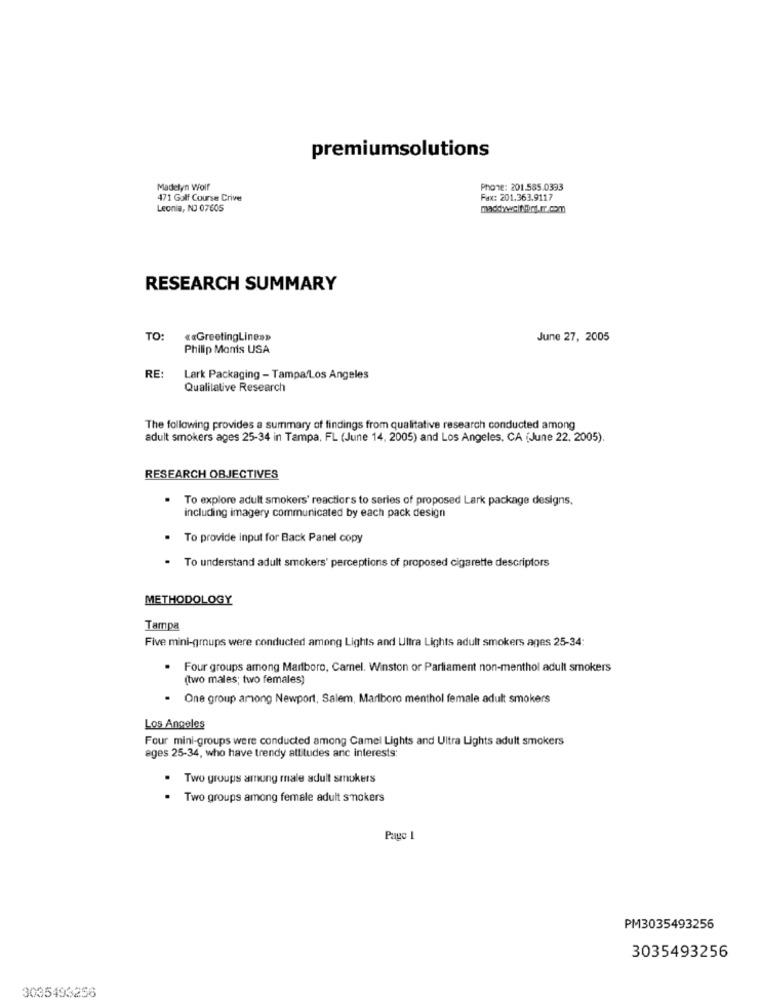
premiumsolutions
Madelyn Wolf
Phone: 201.585.0333
471 Golf Course Crive
Fax: 201.363.9117
Leonia, NO 07605
maddyweithinf.er.com
RESEARCH SUMMARY
TO:
« «GreetingLine>>
June 27, 2005
Philip Monis USA
RE:
Lark Packaging - Tampa Los Angeles
Qualitative Research
The following provides a summary of findings from qualitative research conducted among
adult smokers ages 25-34 in Tampa, FL (June 14, 2005) and Los Angeles, CA (June 22. 2005).
RESEARCH OBJECTIVES
To explore adult smokers' reactlors to series of proposed Lark package designs,
including imagery communicated by each pack design
. To provide input for Back Panel copy
.
To understand adult smokers' perceptions of proposed cigarette descriptors
METHODOLOGY
Tampa
Five mini-groups were conducted among Lights and Ultra Lights adult smokers ages 25-34:
Four groups among Marlboro, Camel. Winston or Parliament non-menthol adult smokers
(two males; two females)
One group among Newport, Salem, Marlboro menthol female adult smokers
Los Angeles
Four mini-groups were conducted among Camel Lights and Ultra Lights adult smokers
ages 25-34, who have trendy attitudes anc interests:
. Two groups among male adult smokers
Two groups among female adult smokers
Page 1
PM3035493256
3035493256
3035493256